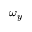
\omega _ { y }